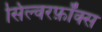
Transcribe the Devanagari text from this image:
सिल्वरफ़ॉक्स